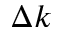
\Delta k